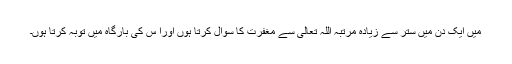
میں ایک دن میں ستر سے زیادہ مرتبہ اللہ تعالیٰ سے مغفرت کا سوال کرتا ہوں اورا س کی بارگاہ میں توبہ کرتا ہوں۔